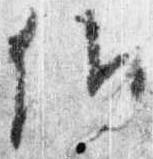
候